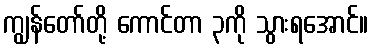
ကျွန်တော်တို့ ကောင်တာ ၃ကို သွားရအောင်။